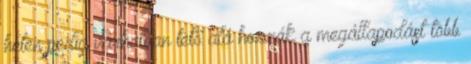
héten pedig várhatóan tető alá hozzák a megállapodást több